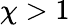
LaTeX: \chi>1